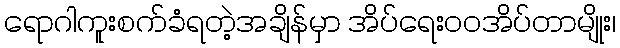
ရောဂါကူးစက်ခံရတဲ့အချိန်မှာ အိပ်ရေးဝဝအိပ်တာမျိုး၊